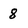
Character: 8